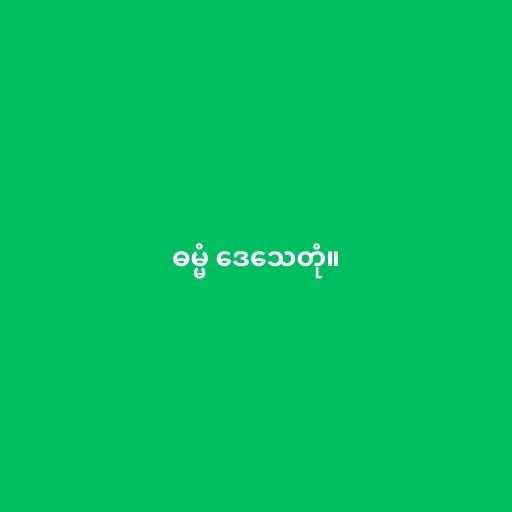
ဓမ္မံ ဒေသေတုံ။